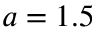
a = 1 . 5